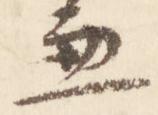
兼